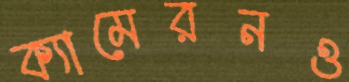
ক্যামেরনও